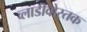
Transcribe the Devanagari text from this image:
व्लाडीवोस्तक